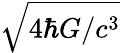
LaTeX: \sqrt{4\hbar G/c^{3}}